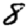
Digit: 8